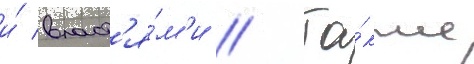
и́ власт'я́м'и // Та́кже